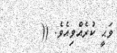
ވަޙީ ކުރެއްވިއެވެ. ((